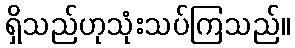
ရှိသည်ဟုသုံးသပ်ကြသည်။